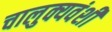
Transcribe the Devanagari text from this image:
चालुक्यवंशी